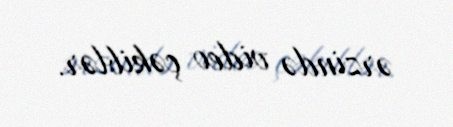
ərzində video çəkiblər.